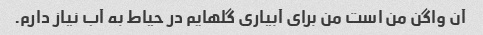
آن واگن من است من برای آبیاری گلهایم در حیاط به آب نیاز دارم.